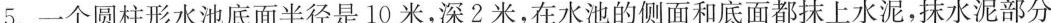
5. 一个圆柱形水池底面半径是10米，深2米，在水池的侧面和底面都抹上水泥，抹水泥部分